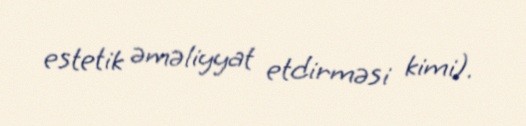
estetik əməliyyat etdirməsi kimi).